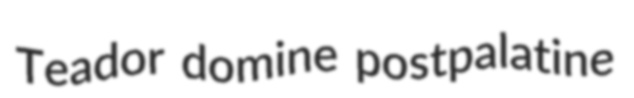
Teador domine postpalatine